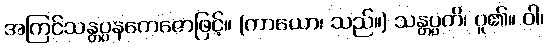
အကြင်သန္တပ္ပနတေဇောဖြင့်။ (ကာယော၊ သည်။) သန္တပ္ပတိ၊ ပူ၏။ ဝါ၊